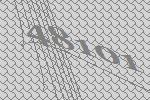
48101